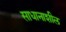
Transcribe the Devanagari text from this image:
साधानाशील